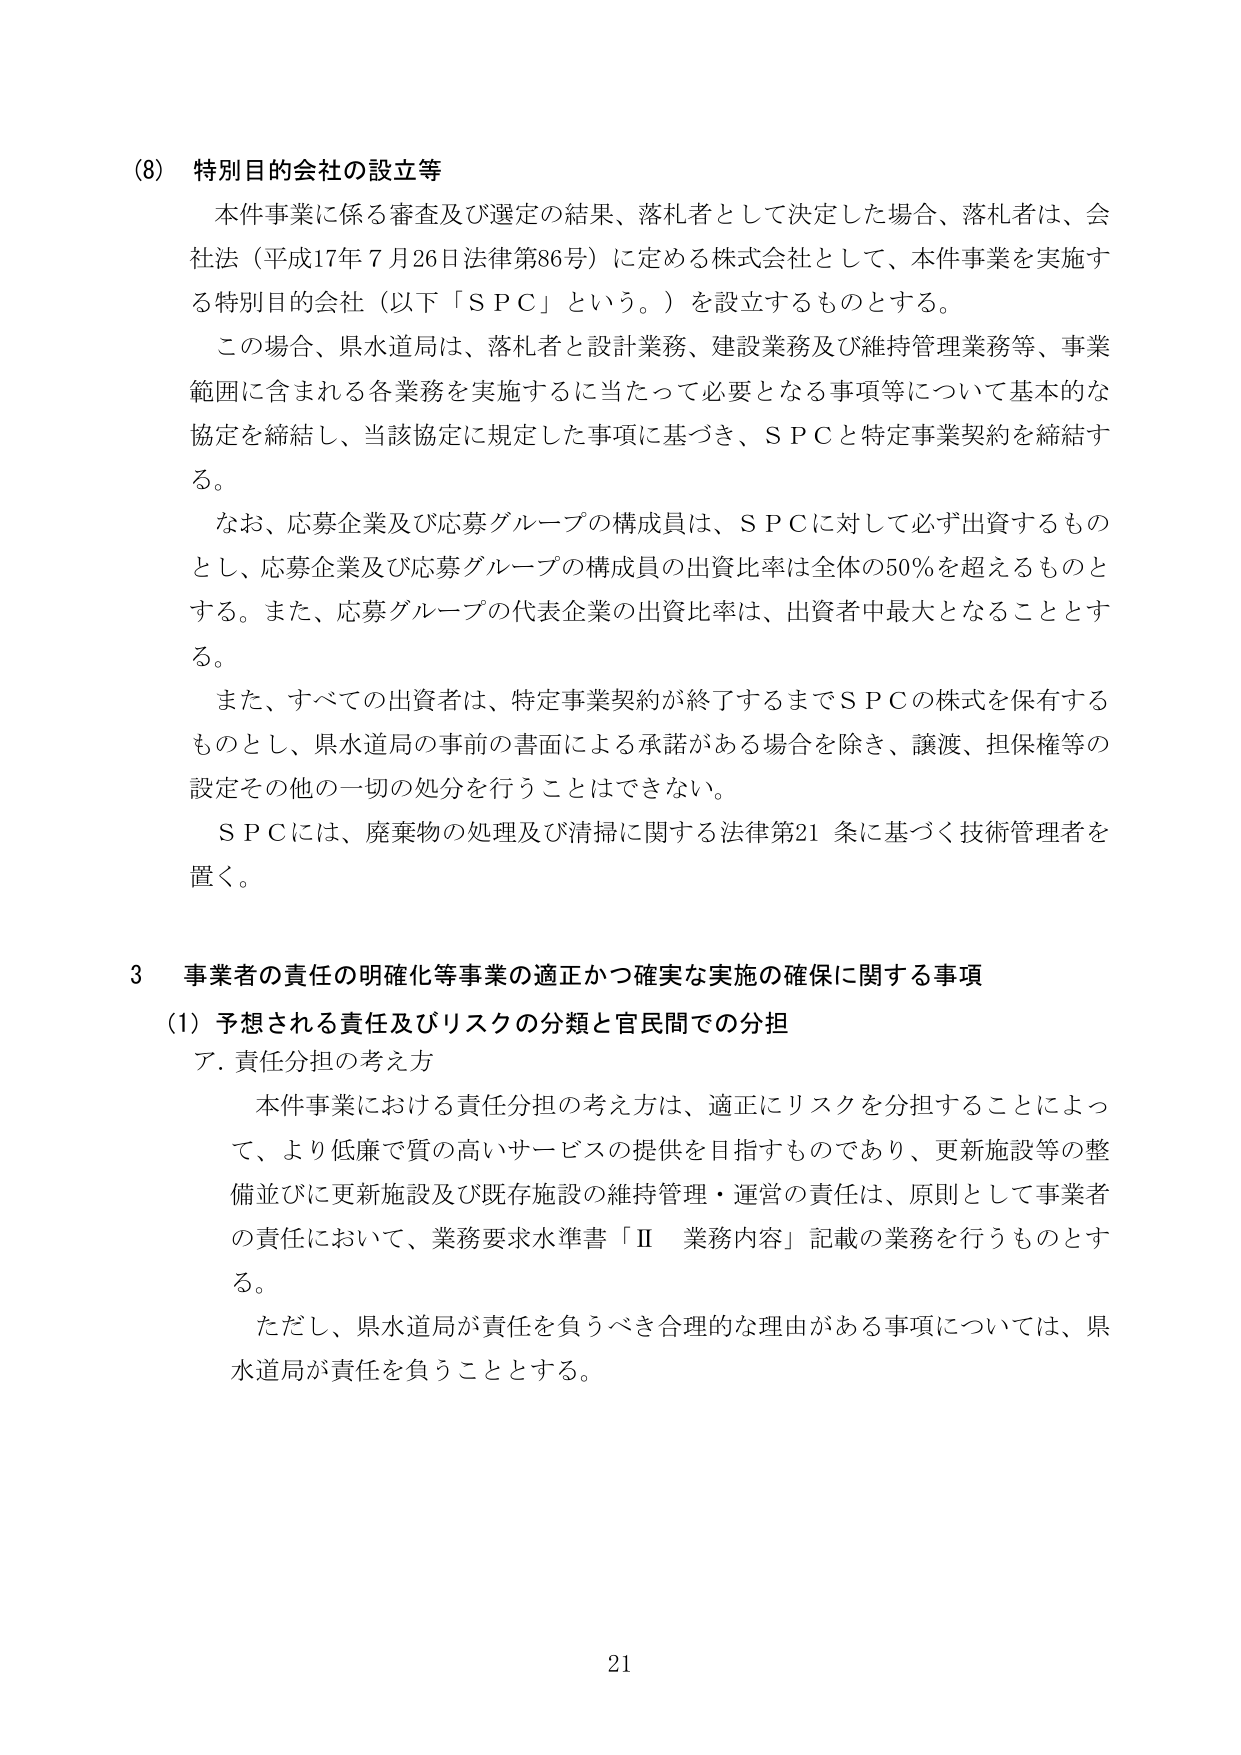
(8) 特別目的会社の設立等
本件事業に係る審査及び選定の結果、落札者として決定した場合、落札者は、会社法（平成17年7月26日法律第86号）に定める株式会社として、本件事業を実施する特別目的会社（以下「ＳＰＣ」という。）を設立するものとする。
この場合、県水道局は、落札者と設計業務、建設業務及び維持管理業務等、事業範囲に含まれる各業務を実施するに当たって必要となる事項等について基本的な協定を締結し、当該協定に規定した事項に基づき、ＳＰＣと特定事業契約を締結する。
なお、応募企業及び応募グループの構成員は、ＳＰＣに対して必ず出資するものとし、応募企業及び応募グループの構成員の出資比率は全体の50％を超えるものとする。また、応募グループの代表企業の出資比率は、出資者中最大となることとする。
また、すべての出資者は、特定事業契約が終了するまでＳＰＣの株式を保有するものとし、県水道局の事前の書面による承諾がある場合を除き、譲渡、担保権等の設定その他一切の処分を行うことはできない。
ＳＰＣには、廃棄物の処理及び清掃に関する法律第21条に基づく技術管理者を置く。

3 事業者の責任の明確化等事業の適正かつ確実な実施の確保に関する事項
(1) 予想される責任及びリスクの分類と官民間での分担
ア．責任分担の考え方
本件事業における責任分担の考え方は、適正にリスクを分担することによって、より低廉で質の高いサービスの提供を目指すものであり、更新施設等の整備並びに更新施設及び既存施設の維持管理・運営の責任は、原則として事業者の責任において、業務要求水準書「Ⅱ 業務内容」記載の業務を行うものとする。
ただし、県水道局が責任を負うべき合理的な理由がある事項については、県水道局が責任を負うこととする。

21